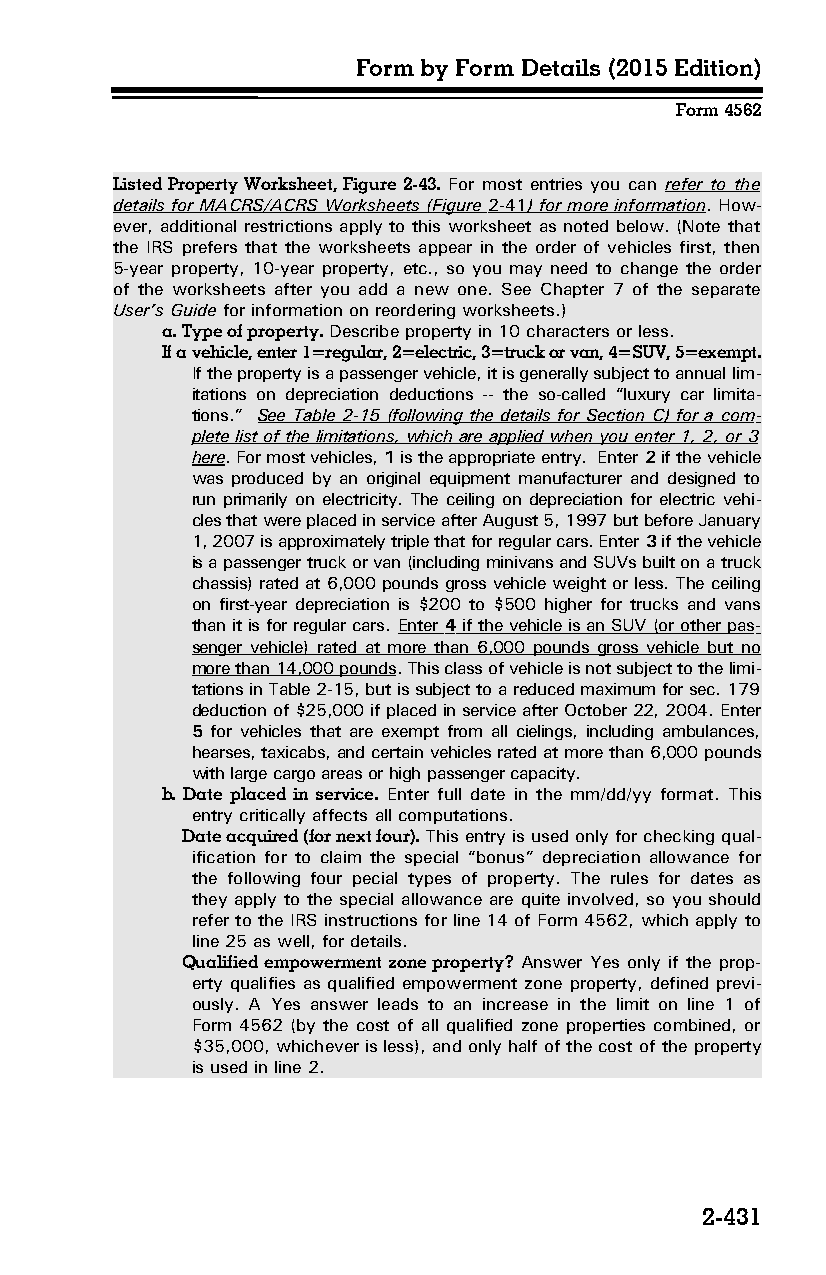
Form by Form Details (2015 Edition)
 Form 4562
 Listed Property Worksheet, Figure 2-43. For most entries you can refer to the
 details for MACRS/ACRS Worksheets (Figure 2-41 ) for more information. How­
 ever, additional restrictions apply to this worksheet as noted below. (Note that
 the IRS prefers that the worksheets appear in the order of vehicles first, then
 5-year property, 10-year property, etc., so you may need to change the order
 of the worksheets after you add a new one. See Chapter 7 of the separate
 User’s Guide for information on reordering worksheets.)
 a. Type of property. Describe property in 10 characters or less.
 If a vehicle, enter 1=regular, 2=electric, 3=truck or van, 4=SUV, 5=exempt.
 If the property is a passenger vehicle, it is generally subject to annual lim­
 itations on depreciation deductions -- the so-called “luxury car limita­
 tions.” See Table 2-15 (following the details for Section C) for a com­
 plete list of the limitations, which are applied when you enter 1, 2, or 3
 here. For most vehicles, 1 is the appropriate entry. Enter 2 if the vehicle
 was produced by an original equipment manufacturer and designed to
 run primarily on electricity. The ceiling on depreciation for electric vehi­
 cles that were placed in service after August 5, 1997 but before January
 1, 2007 is approximately triple that for regular cars. Enter 3 if the vehicle
 is a passenger truck or van (including minivans and SUVs built on a truck
 chassis) rated at 6,000 pounds gross vehicle weight or less. The ceiling
 on first-year depreciation is $200 to $500 higher for trucks and vans
 than it is for regular cars. Enter 4 if the vehicle is an SUV (or other pas­
 senger vehicle) rated at more than 6,000 pounds gross vehicle but no
 more than 14,000 pounds. This class of vehicle is not subject to the limi­
 tations in Table 2-15, but is subject to a reduced maximum for sec. 179
 deduction of $25,000 if placed in service after October 22, 2004. Enter
 5 for vehicles that are exempt from all cielings, including ambulances,
 hearses, taxicabs, and certain vehicles rated at more than 6,000 pounds
 with large cargo areas or high passenger capacity.
 b. Date placed in service. Enter full date in the mm/dd/yy format. This
 entry critically affects all computations.
 Date acquired (for next four). This entry is used only for checking qual­
 ification for to claim the special “bonus” depreciation allowance for
 the following four pecial types of property. The rules for dates as
 they apply to the special allowance are quite involved, so you should
 refer to the IRS instructions for line 14 of Form 4562, which apply to
 line 25 as well, for details.
 Qualified empowerment zone property? Answer Yes only if the prop­
 erty qualifies as qualified empowerment zone property, defined previ­
 ously. A Yes answer leads to an increase in the limit on line 1 of
 Form 4562 (by the cost of all qualified zone properties combined, or
 $35,000, whichever is less), and only half of the cost of the property
 is used in line 2.
 2-431